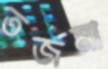
তর্জমা